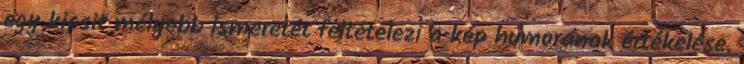
egy kicsit mélyebb ismeretét feltételezi a kép humorának értékelése.